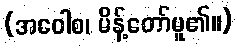
(အဝေါစ၊ မိန့်တော်မူ၏။)